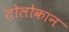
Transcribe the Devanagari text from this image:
तोलोकान